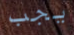
يجب